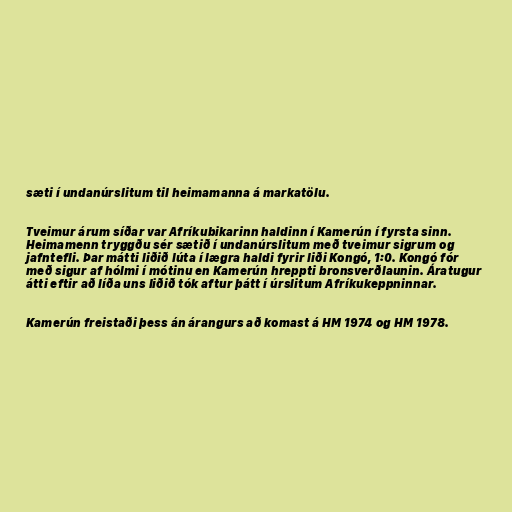
sæti í undanúrslitum til heimamanna á markatölu.

Tveimur árum síðar var Afríkubikarinn haldinn í Kamerún í fyrsta sinn.
Heimamenn tryggðu sér sætið í undanúrslitum með tveimur sigrum og
jafntefli. Þar mátti liðið lúta í lægra haldi fyrir liði Kongó, 1:0. Kongó fór
með sigur af hólmi í mótinu en Kamerún hreppti bronsverðlaunin. Áratugur
átti eftir að líða uns liðið tók aftur þátt í úrslitum Afríkukeppninnar.

Kamerún freistaði þess án árangurs að komast á HM 1974 og HM 1978.